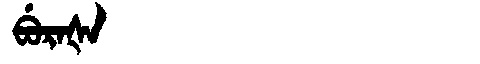
Manchu: ᠪᡠᡵᠠᡧᠠ
Romanization: BURAŠA